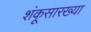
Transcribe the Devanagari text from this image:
शंकूसारख्या